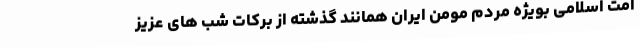
امت اسلامی بویژه مردم مومن ایران همانند گذشته از برکات شب های عزیز